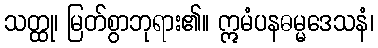
သတ္ထု၊ မြတ်စွာဘုရား၏။ ဣမံပနဓမ္မဒေသနံ၊